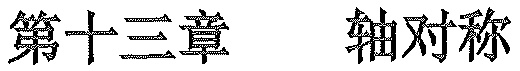
第十三章  轴对称